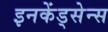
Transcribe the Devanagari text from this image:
इनकेंड्सेन्स